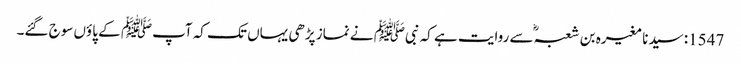
1547: سیدنا مغیرہ بن شعبہؓ سے روایت ہے کہ نبیﷺ نے نماز پڑھی یہاں تک کہ آپﷺ کے پاؤں سوج گئے۔